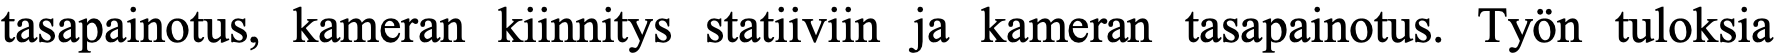
tasapainotus, kameran kiinnitys statiiviin ja kameran tasapainotus. Työn tuloksia